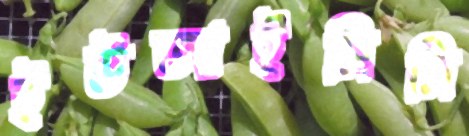
ইউআইসিসি